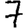
Digit: 7